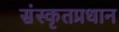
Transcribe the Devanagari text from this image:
संस्कृतप्रधान